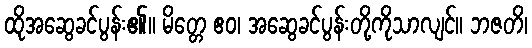
ထိုအဆွေခင်ပွန်း၏။ မိတ္တေ ဧဝ၊ အဆွေခင်ပွန်းတို့ကိုသာလျင်။ ဘဇတိ၊